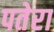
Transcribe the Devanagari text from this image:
पतेरा